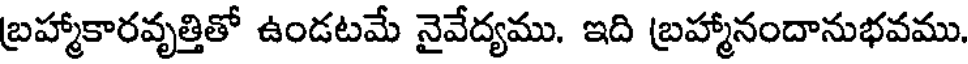
బ్రహ్మాకారవృత్తితో ఉండటమే నైవేద్యము. ఇది బ్రహ్మానందానుభవము.